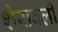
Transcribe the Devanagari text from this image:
शेरावली